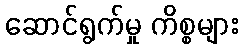
ဆောင်ရွက်မှု ကိစ္စများ